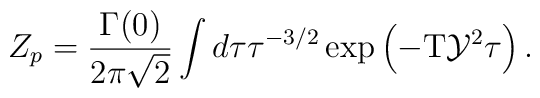
{Z_p}={{\Gamma(0)}\over{2\pi\sqrt{2}}}\int d\tau{\tau^{-3/2}}\exp\left(-\mbox{T}{\mathcal{Y}^2}\tau\right).